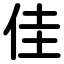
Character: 佳